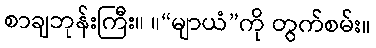
စာချဘုန်းကြီး။ ။“မျာယံ”ကို တွက်စမ်း။